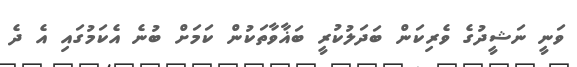
ވަނީ ނަޝީދުގެ ވެރިކަން ބަދަލުކުރީ ބަޣާވާތަކުން ކަމަށް ބުނެ އެކަމުގައި އެ ދެ